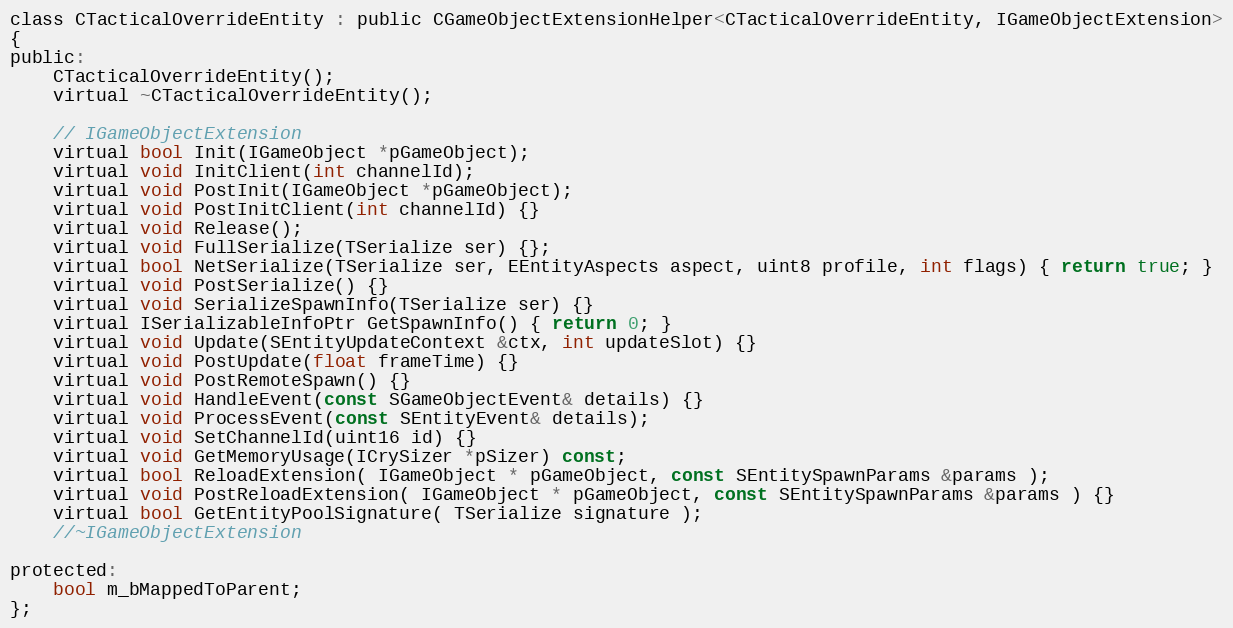
Language: C
class CTacticalOverrideEntity : public CGameObjectExtensionHelper<CTacticalOverrideEntity, IGameObjectExtension>
{
public:
	CTacticalOverrideEntity();
	virtual ~CTacticalOverrideEntity();

	// IGameObjectExtension
	virtual bool Init(IGameObject *pGameObject);
	virtual void InitClient(int channelId);
	virtual void PostInit(IGameObject *pGameObject);
	virtual void PostInitClient(int channelId) {}
	virtual void Release();
	virtual void FullSerialize(TSerialize ser) {};
	virtual bool NetSerialize(TSerialize ser, EEntityAspects aspect, uint8 profile, int flags) { return true; }
	virtual void PostSerialize() {}
	virtual void SerializeSpawnInfo(TSerialize ser) {}
	virtual ISerializableInfoPtr GetSpawnInfo() { return 0; }
	virtual void Update(SEntityUpdateContext &ctx, int updateSlot) {}
	virtual void PostUpdate(float frameTime) {}
	virtual void PostRemoteSpawn() {}
	virtual void HandleEvent(const SGameObjectEvent& details) {}
	virtual void ProcessEvent(const SEntityEvent& details);
	virtual void SetChannelId(uint16 id) {}
	virtual void GetMemoryUsage(ICrySizer *pSizer) const;
	virtual bool ReloadExtension( IGameObject * pGameObject, const SEntitySpawnParams &params );
	virtual void PostReloadExtension( IGameObject * pGameObject, const SEntitySpawnParams &params ) {}
	virtual bool GetEntityPoolSignature( TSerialize signature );
	//~IGameObjectExtension

protected:
	bool m_bMappedToParent;
};